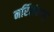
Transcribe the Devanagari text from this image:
नरिंसंहगड़